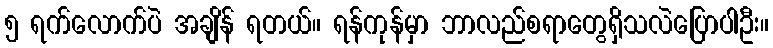
၅ ရက်လောက်ပဲ အချိန် ရတယ်။ ရန်ကုန်မှာ ဘာလည်စရာတွေရှိသလဲပြောပါဦး။